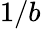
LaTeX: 1/b